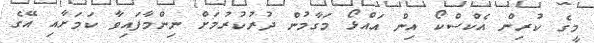
މީގެ ކުރިން އެކްސްކޯ އިން އައްޅޯ މަގާމުން ދުރުކުރުމަށް ނިންމާފައިވާ ކަމަށާއި އޭގެ